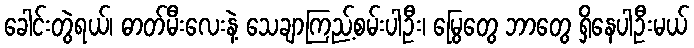
ခေါင်းတွဲရယ်၊ ဓာတ်မီးလေးနဲ့ သေချာကြည့်စမ်းပါဦး၊ မြွေတွေ ဘာတွေ ရှိနေပါဦးမယ်